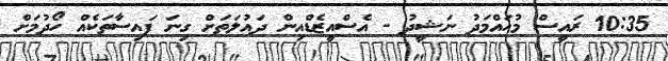
10:35 ރައީސް މުހައްމަދު ނަޝީދު - އެސްއީޒެޑްއިން ދައުލަތަށް ގިނަ ފައިސާތަކެއް ހޯދުމަށް